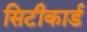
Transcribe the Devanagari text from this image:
सिटीकार्ड